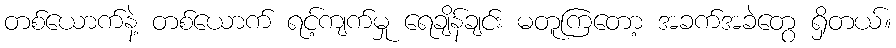
တစ်ယောက်နဲ့ တစ်ယောက် ရင့်ကျက်မှု ရေချိန်ချင်း မတူကြတော့ အခက်အခဲတွေ ရှိတယ်။